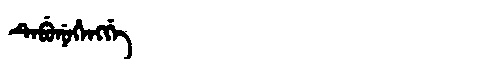
Manchu: ᡨᡝᠪᡠᠨᡠᡥᡝᠩᡤᡝ
Romanization: TEBUNUHENGGE